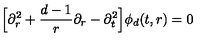
\Big [ \partial _ { r } ^ { 2 } + \frac { d - 1 } { r } \partial _ { r } - \partial _ { t } ^ { 2 } \Big ] \phi _ { d } ( t , r ) = 0